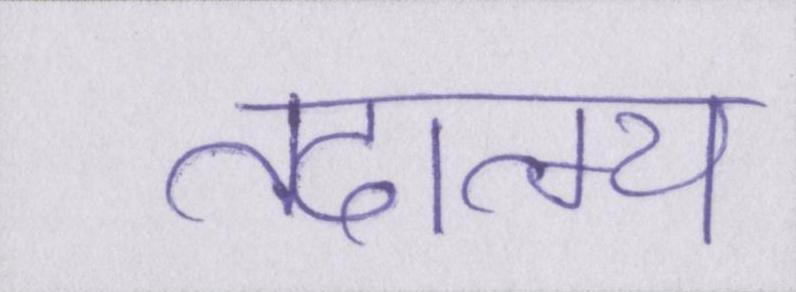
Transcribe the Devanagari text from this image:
तदात्म्य